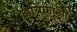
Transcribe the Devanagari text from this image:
अर्यिकाओं